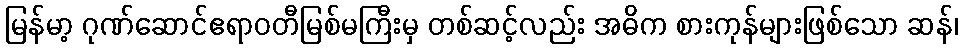
မြန်မာ့ ဂုဏ်ဆောင်ဧရာဝတီမြစ်မကြီးမှ တစ်ဆင့်လည်း အဓိက စားကုန်များဖြစ်သော ဆန်၊